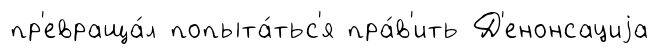
пр'евраща́л попыта́тьс'я пра́в'ить Д'енонсациjа